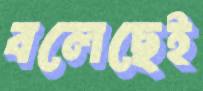
বলেছেই